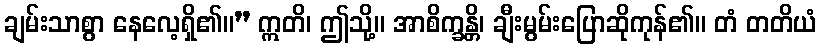
ချမ်းသာစွာ နေလေ့ရှိ၏။” ဣတိ၊ ဤသို့။ အာစိက္ခန္တိ၊ ချီးမွမ်းပြောဆိုကုန်၏။ တံ တတိယံ